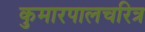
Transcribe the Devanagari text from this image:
कुमारपालचरित्र